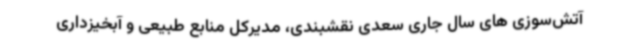
آتش‌سوزی های سال جاری سعدی نقشبندی، مدیرکل منابع طبیعی و آبخیزداری